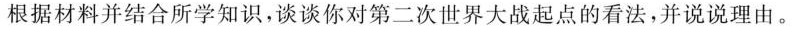
根据材料并结合所学知识，谈谈你对第二次世界大战起点的看法，并说说理由。